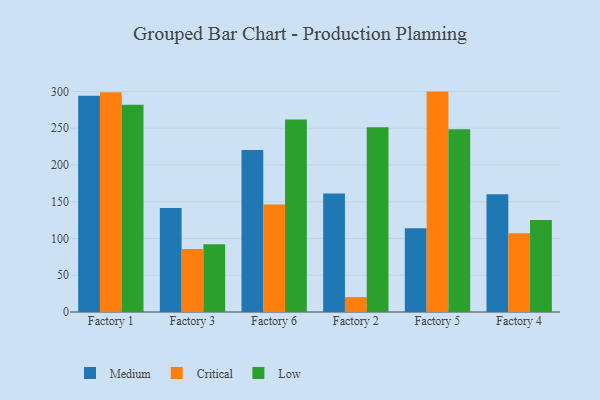
{"axis": {"x": "Factory", "y": "Backlog"}, "legend": ["Critical", "Low", "Medium"], "data": [{"x": "Factory 1", "y": 294.1, "type": "Medium"}, {"x": "Factory 1", "y": 298.8, "type": "Critical"}, {"x": "Factory 1", "y": 281.9, "type": "Low"}, {"x": "Factory 3", "y": 141.6, "type": "Medium"}, {"x": "Factory 3", "y": 85.8, "type": "Critical"}, {"x": "Factory 3", "y": 92.3, "type": "Low"}, {"x": "Factory 6", "y": 220.3, "type": "Medium"}, {"x": "Factory 6", "y": 146.2, "type": "Critical"}, {"x": "Factory 6", "y": 261.8, "type": "Low"}, {"x": "Factory 2", "y": 161.1, "type": "Medium"}, {"x": "Factory 2", "y": 20.3, "type": "Critical"}, {"x": "Factory 2", "y": 251.3, "type": "Low"}, {"x": "Factory 5", "y": 113.8, "type": "Medium"}, {"x": "Factory 5", "y": 299.8, "type": "Critical"}, {"x": "Factory 5", "y": 248.6, "type": "Low"}, {"x": "Factory 4", "y": 160.1, "type": "Medium"}, {"x": "Factory 4", "y": 107.2, "type": "Critical"}, {"x": "Factory 4", "y": 125.0, "type": "Low"}]}